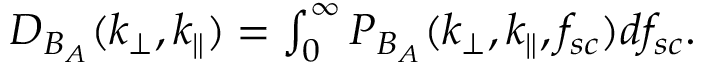
\begin{array} { r } { D _ { B _ { A } } ( k _ { \perp } , k _ { \parallel } ) = \int _ { 0 } ^ { \infty } P _ { B _ { A } } ( k _ { \perp } , k _ { \parallel } , f _ { s c } ) d f _ { s c } . } \end{array}